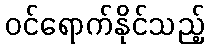
ဝင်ရောက်နိုင်သည့်